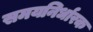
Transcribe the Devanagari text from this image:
समयनिर्धारक